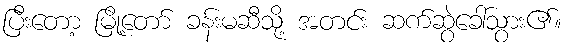
ပြီးတော့ မြို့တော် ခန်းမဆီသို့ အတင်း ဆက်ဆွဲခေါ်သွား၏။